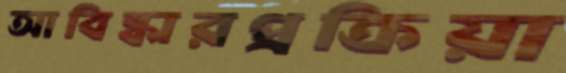
আবিষ্কারপ্রক্রিয়া